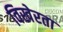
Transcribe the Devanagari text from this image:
विखेरता